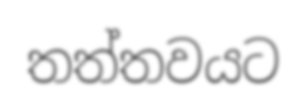
තත්තවයට